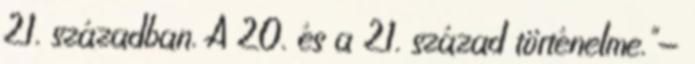
21. században. A 20. és a 21. század történelme."—